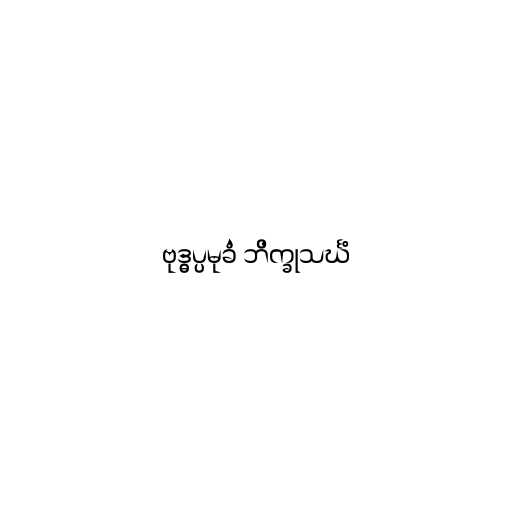
ဗုဒ္ဓပ္ပမုခံ ဘိက္ခုသင်္ဃံ